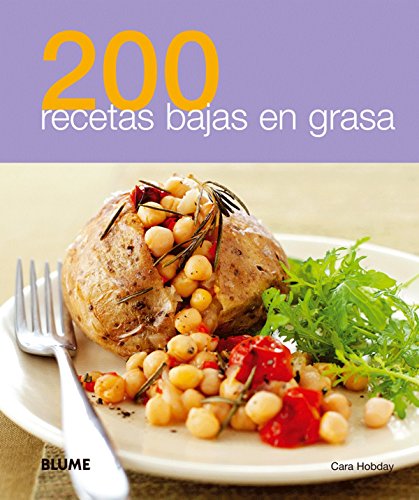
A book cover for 200 recetas bajas en grasa (Spanish Edition); Cara Hobday; Cookbooks, Food & Wine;